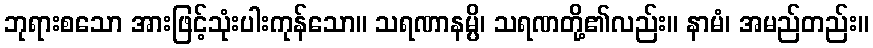
ဘုရားစသော အားဖြင့်သုံးပါးကုန်သော။ သရဏာနမ္ပိ၊ သရဏတို့၏လည်း။ နာမံ၊ အမည်တည်း။